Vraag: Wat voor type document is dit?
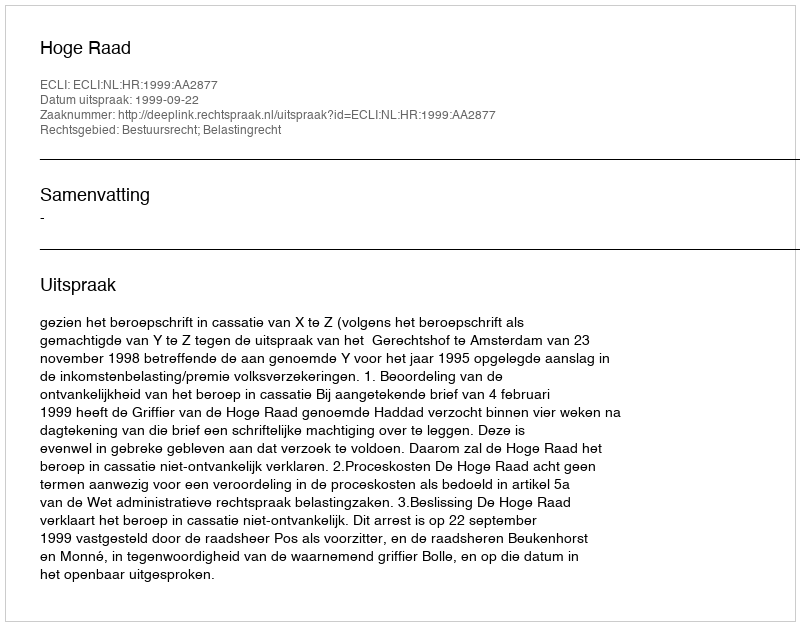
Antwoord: Uitspraak